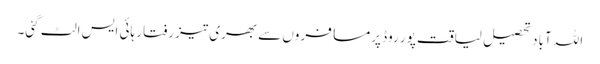
اللہ آباد تحصیل لیاقت پور روڈ پرمسافروں سے بھری تیز رفتار ہائی ایس الٹ گئی۔